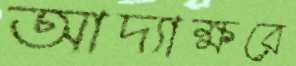
আদ্যাক্ষরে